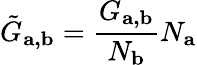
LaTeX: \tilde{G}_{\mathbf{a,b}}=\frac{G_{\mathbf{a,b}}}{N_{\mathbf{b}}}N_{\mathbf{a}}